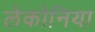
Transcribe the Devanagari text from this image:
लेकोनिया